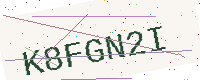
Text: K8FGN2I